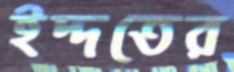
ইদ্দতের